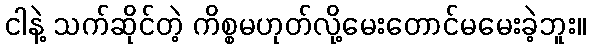
ငါနဲ့ သက်ဆိုင်တဲ့ ကိစ္စမဟုတ်လို့မေးတောင်မမေးခဲ့ဘူး။